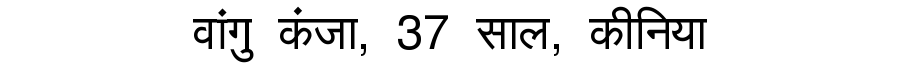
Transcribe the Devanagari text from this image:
वांगु कंजा, 37 साल, कीनिया